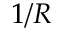
1 / R